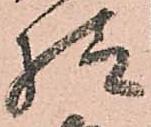
様